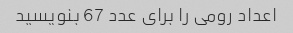
اعداد رومی را برای عدد 67 بنویسید